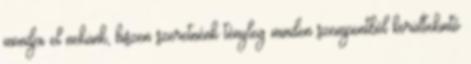
mondja el nekünk, hiszen szeretnénk tényleg minden szempontból körültekintő